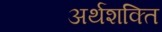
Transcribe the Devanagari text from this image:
अर्थशक्ति